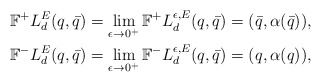
\begin{align*}\mathbb{F}^+L^{E}_d(q,\bar q) &= \lim_{\epsilon\rightarrow 0^+} \mathbb{F}^+L^{\epsilon,E}_d(q,\bar q) =(\bar q, \alpha(\bar q)), \\\mathbb{F}^-L^{E}_d(q,\bar q) &= \lim_{\epsilon\rightarrow 0^+} \mathbb{F}^-L^{\epsilon,E}_d(q,\bar q)=(q, \alpha(q)),\end{align*}